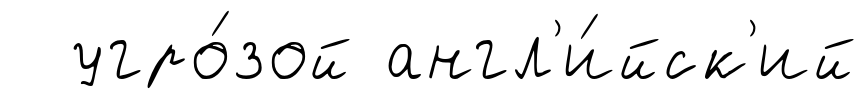
угро́зой англ'и́йск'ий